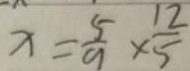
x = \frac { 5 } { 9 } \times \frac { 1 2 } { 5 }